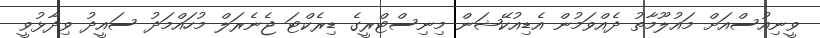
ވީނިއުސްއަށް މައުލޫމާތު ދެއްވަމުން އެޑިއުކޭޝަން މިނިސްޓްރީގެ ޑިރެކްޓަ ޖެނެރަލް މުހައްމަދު ސައީދު ވިދާޅުވީ